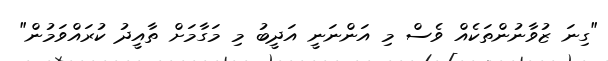
"ގިނަ ޒުވާނުންތަކެއް ވެސް މި އަންނަނީ އަދީބު މި މަގާމަށް ތާއީދު ކުރައްވަމުން"